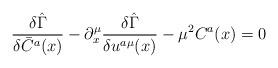
LaTeX: \begin{align*}\frac{\delta \hat \Gamma }{\delta \bar C^a(x)}-\partial _x^\mu \frac{\delta \hat \Gamma }{\delta u^{a\mu }(x)}-{\mu }^2C^a(x)=0\end{align*}